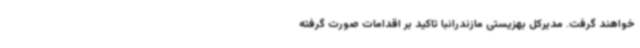
خواهند گرفت. مدیرکل بهزیستی مازندرانبا تاکید بر اقدامات صورت گرفته